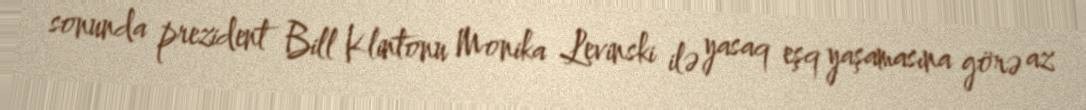
sonunda prezident Bill Klintonu Monika Levinski ilə yasaq eşq yaşamasına görə az